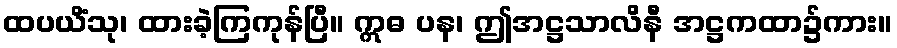
ထပယိံသု၊ ထားခဲ့ကြကုန်ပြီ။ ဣဓ ပန၊ ဤအဋ္ဌသာလိနီ အဋ္ဌကထာ၌ကား။